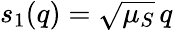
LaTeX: s_{1}(q)=\sqrt{\mu_{S}}\, q